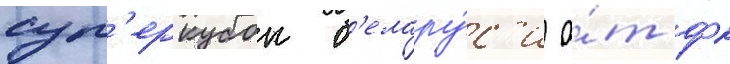
суп'еркубок б'елару́с'и о́т фк